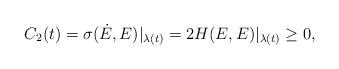
LaTeX: \begin{align*}C_2(t) = \sigma(\dot{E},E)|_{\lambda(t)} = 2H(E,E)|_{\lambda(t)} \geq 0,\end{align*}